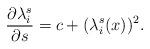
LaTeX: \begin{align*} \displaystyle\frac{\partial\lambda_{i}^{s}}{\partial s}=c+(\lambda_{i}^{s}(x))^{2}. \end{align*}